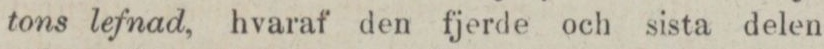
tons lefnad, hvaraf den fjerde och sista delen